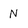
Character: N